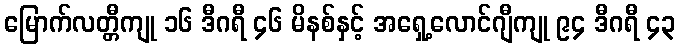
မြောက်လတ္တီကျု ၁၆ ဒီဂရီ ၄၆ မိနစ်နှင့် အရှေ့လောင်ဂျီကျု ၉၄ ဒီဂရီ ၄၃